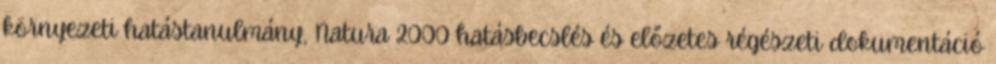
környezeti hatástanulmány, Natura 2000 hatásbecslés és előzetes régészeti dokumentáció